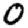
Digit: 0